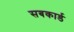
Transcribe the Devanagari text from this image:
सबकार्ड